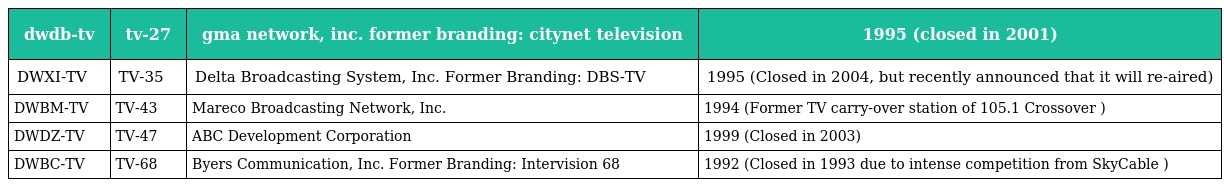
| dwdb-tv | tv-27 | gma network, inc. former branding: citynet television | 1995 (closed in 2001) |
 | --- | --- | --- | --- |
 | DWXI-TV | TV-35 | Delta Broadcasting System, Inc. Former Branding: DBS-TV | 1995 (Closed in 2004, but recently announced that it will re-aired) |
 | DWBM-TV | TV-43 | Mareco Broadcasting Network, Inc. | 1994 (Former TV carry-over station of 105.1 Crossover ) |
 | DWDZ-TV | TV-47 | ABC Development Corporation | 1999 (Closed in 2003) |
 | DWBC-TV | TV-68 | Byers Communication, Inc. Former Branding: Intervision 68 | 1992 (Closed in 1993 due to intense competition from SkyCable ) |